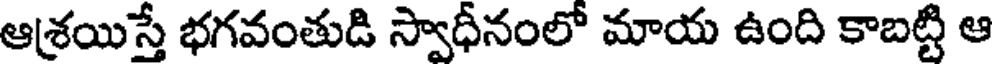
ఆశ్రయిస్తే భగవంతుడి స్వాధీనంలో మాయ ఉంది కాబట్టి ఆ